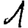
Digit: 1